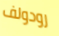
رودولف